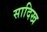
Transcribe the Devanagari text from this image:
सादिख